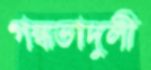
গন্ধভাদুলী